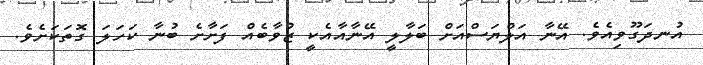
އުނދަގޫވިއެވެ. އޭނާ އަލްޔަސްއަށް ބަލާލީ އޭނާއާއެކީ ޒުވާބެއް ފަށާށެ ބުނާ ކަހަލަ ގޮތަކަށެވެ.